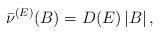
LaTeX: \begin{align*}\bar \nu^{(E)}(B) = D(E) \, |B| \, ,\end{align*}